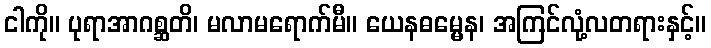
ငါကို။ ပုရာအာဂစ္ဆတိ၊ မလာမရောက်မီ။ ယေနဓမ္မေန၊ အကြင်လုံ့လတရားနှင့်။